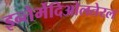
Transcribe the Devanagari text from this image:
इन्तेर्मेदिओलतेरल